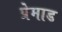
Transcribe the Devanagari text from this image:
प्रेमाड